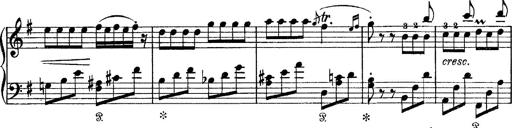
Title: Tarantelle di bravura dâ€™aprÃ¨s la tarantelle de La muette de Portici
Composer: Franz Liszt